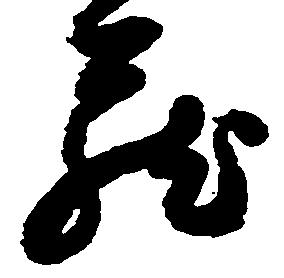
蔵